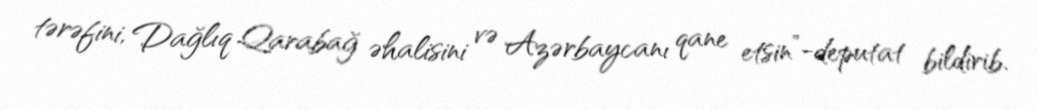
tərəfini, Dağlıq Qarabağ əhalisini və Azərbaycanı qane etsin”-deputat bildirib.